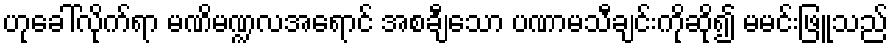
ဟုခေါ်လိုက်ရာ မဏိမဏ္ဍလအရောင် အစချီသော ပဏာမသီချင်းကိုဆို၍ မမင်းဖြူသည်